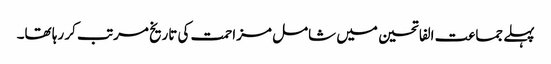
پہلے جماعت الفاتحین میں شامل مزاحمت کی تاریخ مرتب کر رہا تھا۔